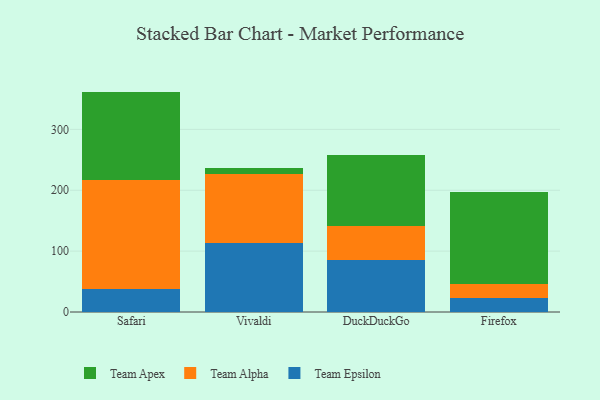
{"axis": {"x": "Browser", "y": "Bounce Rate (%)"}, "legend": ["Team Alpha", "Team Apex", "Team Epsilon"], "data": [{"x": "Safari", "y": 38.4, "type": "Team Epsilon"}, {"x": "Safari", "y": 179.1, "type": "Team Alpha"}, {"x": "Safari", "y": 144.6, "type": "Team Apex"}, {"x": "Vivaldi", "y": 114.1, "type": "Team Epsilon"}, {"x": "Vivaldi", "y": 113.4, "type": "Team Alpha"}, {"x": "Vivaldi", "y": 8.3, "type": "Team Apex"}, {"x": "DuckDuckGo", "y": 85.2, "type": "Team Epsilon"}, {"x": "DuckDuckGo", "y": 56.4, "type": "Team Alpha"}, {"x": "DuckDuckGo", "y": 116.7, "type": "Team Apex"}, {"x": "Firefox", "y": 22.4, "type": "Team Epsilon"}, {"x": "Firefox", "y": 23.3, "type": "Team Alpha"}, {"x": "Firefox", "y": 151.2, "type": "Team Apex"}]}